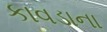
કાવડાના